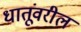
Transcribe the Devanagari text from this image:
धातूंवरील